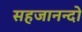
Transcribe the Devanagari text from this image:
सहजानन्दो